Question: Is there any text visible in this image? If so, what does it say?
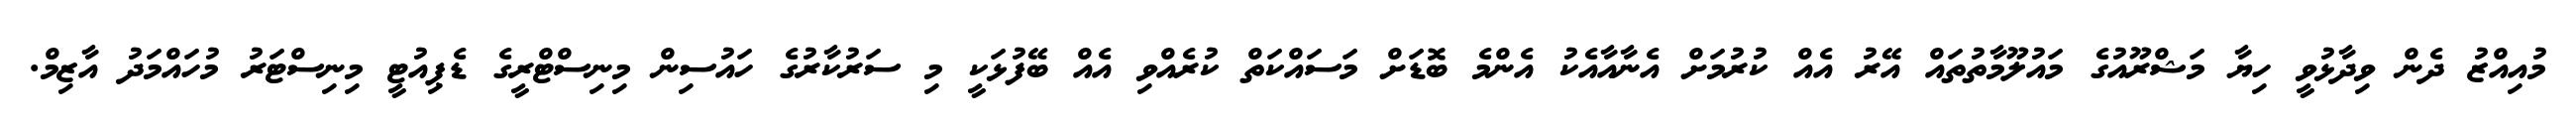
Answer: މުއިއްޒު ދެން ވިދާޅުވީ ހިޔާ މަޝްރޫއުގެ މައުލޫމާތުތައް އޭރު އެއް ކުރުމަށް އެނާއާއެކު އެންމެ ބޮޑަށް މަސައްކަތް ކުރެއްވި އެއް ބޭފުޅަކީ މި ސަރުކާރުގެ ހައުސިން މިނިސްޓްރީގެ ޑެޕިއުޓީ މިނިސްޓަރު މުހައްމަދު އާޒިމް.